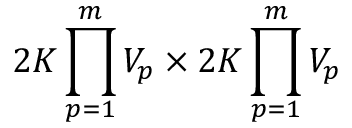
2 K \prod _ { p = 1 } ^ { m } V _ { p } \times 2 K \prod _ { p = 1 } ^ { m } V _ { p }